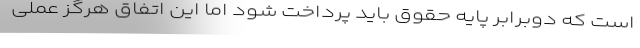
است که دوبرابر پایه حقوق باید پرداخت شود اما این اتفاق هرگز عملی